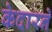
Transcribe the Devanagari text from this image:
केदारने